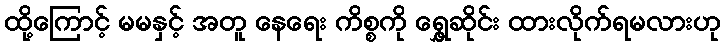
ထို့ကြောင့် မမနှင့် အတူ နေရေး ကိစ္စကို ရွှေ့ဆိုင်း ထားလိုက်ရမလားဟု